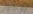
بوجهي